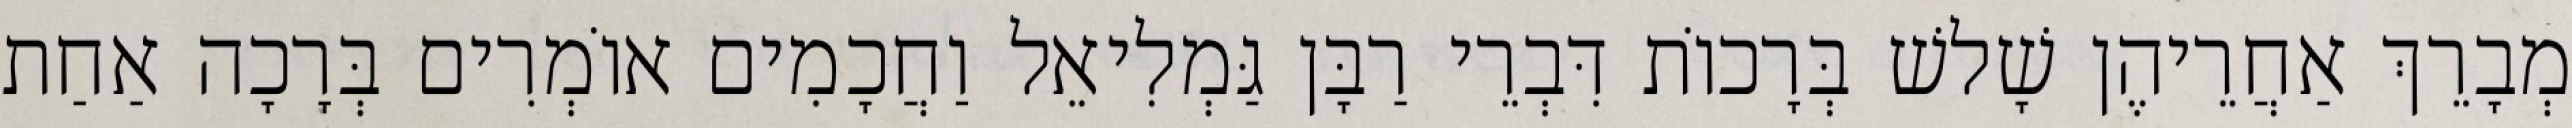
מְבָרֵךְ אַחֲרֵיהֶן שָׁלשׁ בְּרָכוֹת דִּבְרֵי רַבָּן גַּמְלִיאֵל וַחֲכָמִים אוֹמְרִים בְּרָכָה אַחַת